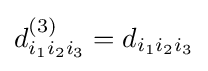
d_{i_{1}i_{2}i_{3}}^{(3)}=d_{i_{1}i_{2}i_{3}}